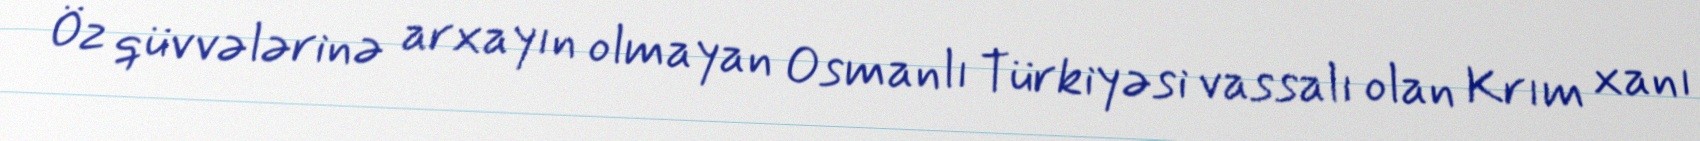
Öz qüvvələrinə arxayın olmayan Osmanlı Türkiyəsi vassalı olan Krım xanı